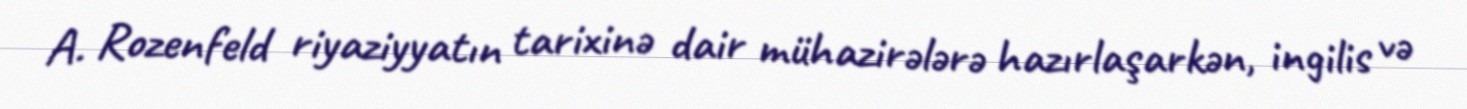
A. Rozenfeld riyaziyyatın tarixinə dair mühazirələrə hazırlaşarkən, ingilis və